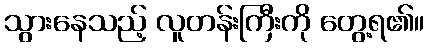
သွားနေသည့် လူတန်းကြီးကို တွေ့ရ၏။